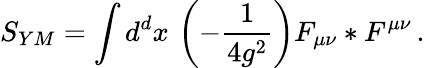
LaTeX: S_{YM}=\int d^{d}x\, \left(-\frac{1}{4g^{2}}\right)F_{\mu\nu}*F^{\mu\nu}\, .